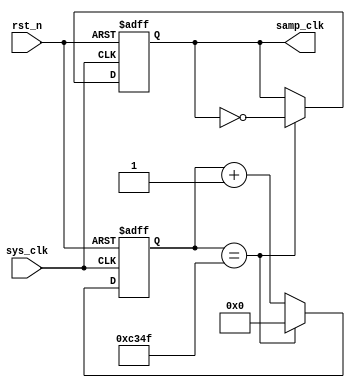
`timescale 1ns / 1ps
//////////////////////////////////////////////////////////////////////////////////
// Company: 
// Engineer: 
// 
// Design Name: 
// Module Name: ANALOG_sampl_400M
// Project Name: 
// Target Devices: 
// Tool Versions: 
// Description: 
// 
// Dependencies: 
// 
// Revision:
// Revision 0.01 - File Created
// Additional Comments:
// 
//////////////////////////////////////////////////////////////////////////////////


module ANALOG_sampl_2 (
    input wire sys_clk,
    input wire rst_n,
    output reg samp_clk
    );
    
    reg [31:0] samp_clk_cnt;
    
    always @ (posedge sys_clk or negedge rst_n) begin
        if (!rst_n) begin
            samp_clk_cnt <= 32'd0;
            samp_clk <= 1'b0;
        end
        else if (samp_clk_cnt == 49999) begin
            samp_clk <= ~ samp_clk;
            samp_clk_cnt <= 32'd0;
        end
        else samp_clk_cnt <= samp_clk_cnt + 1;
    end

endmodule